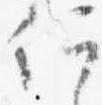
何